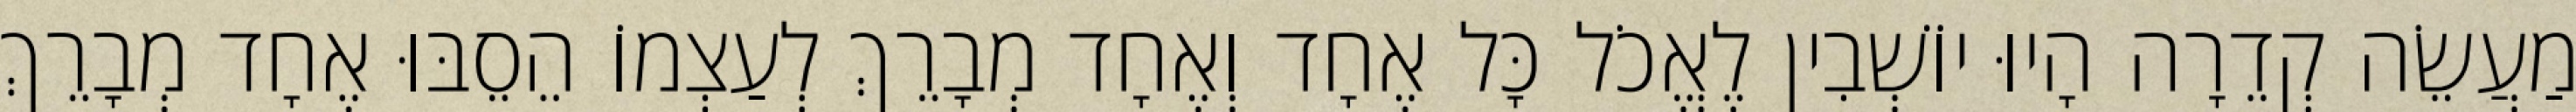
מַעֲשֵׂה קְדֵרָה הָיוּ יוֹשְׁבִין לֶאֱכֹל כָּל אֶחָד וְאֶחָד מְבָרֵךְ לְעַצְמוֹ הֵסֵבּוּ אֶחָד מְבָרֵךְ